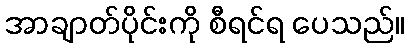
အာချာတ်ပိုင်းကို စီရင်ရ ပေသည်။